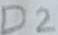
Text: D2